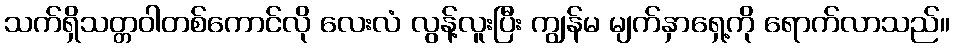
သက်ရှိသတ္တဝါတစ်ကောင်လို လေးလံ လွန့်လူးပြီး ကျွန်မ မျက်နှာရှေ့ကို ရောက်လာသည်။